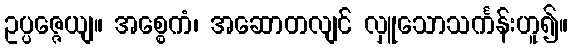
ဥပ္ပဇ္ဇေယျ။ အစ္စေကံ၊ အဆောတလျင် လှူသောသင်္ကန်းဟူ၍။